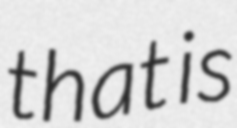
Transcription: that is